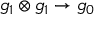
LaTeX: { \mathfrak { g } } _ { 1 } \otimes { \mathfrak { g } } _ { 1 } \rightarrow { \mathfrak { g } } _ { 0 }